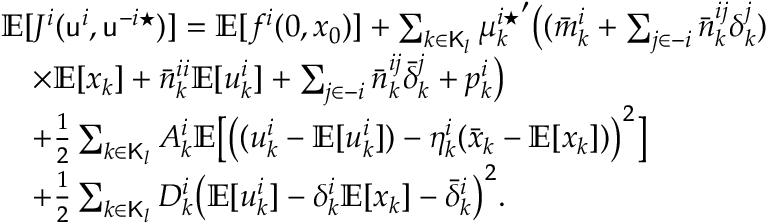
\begin{array} { r l } & { \mathbb { E } [ J ^ { i } ( \mathsf { u } ^ { i } , \mathsf { u } ^ { - i \star } ) ] = \mathbb { E } [ f ^ { i } ( 0 , x _ { 0 } ) ] + \sum _ { k \in \mathsf { K } _ { l } } { \mu _ { k } ^ { i \star } } ^ { \prime } \big ( ( \bar { m } _ { k } ^ { i } + \sum _ { j \in - i } \bar { n } _ { k } ^ { i j } \delta _ { k } ^ { j } ) } \\ & { \quad \times \mathbb { E } [ x _ { k } ] + \bar { n } _ { k } ^ { i i } \mathbb { E } [ u _ { k } ^ { i } ] + \sum _ { j \in - i } \bar { n } _ { k } ^ { i j } \bar { \delta } _ { k } ^ { j } + p _ { k } ^ { i } \big ) } \\ & { \quad + \frac { 1 } { 2 } \sum _ { k \in \mathsf { K } _ { l } } A _ { k } ^ { i } \mathbb { E } \big [ \big ( ( u _ { k } ^ { i } - \mathbb { E } [ u _ { k } ^ { i } ] ) - \eta _ { k } ^ { i } ( \bar { x } _ { k } - \mathbb { E } [ x _ { k } ] ) \big ) ^ { 2 } \big ] } \\ & { \quad + \frac { 1 } { 2 } \sum _ { k \in \mathsf { K } _ { l } } D _ { k } ^ { i } \big ( \mathbb { E } [ u _ { k } ^ { i } ] - \delta _ { k } ^ { i } \mathbb { E } [ x _ { k } ] - \bar { \delta } _ { k } ^ { i } \big ) ^ { 2 } . } \end{array}